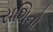
રાશિનો